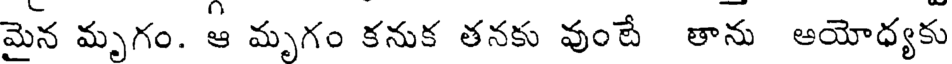
మైన మృగం. ఆ మృగం కనుక తనకు వుంటే తాను అయోధ్యకు